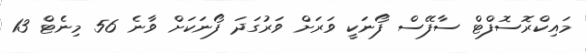
މައިކްރޮސޮފްޓް ސާފޭސް ފޯނަކީ ވަރަށް ވަރުގަދަ ފޯނަކަށް ވާނެ 56 މިނެޓް 13